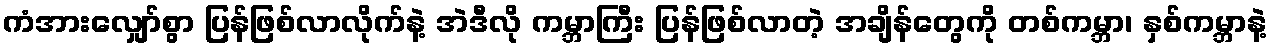
ကံအားလျှော်စွာ ပြန်ဖြစ်လာလိုက်နဲ့ အဲဒီလို ကမ္ဘာကြီး ပြန်ဖြစ်လာတဲ့ အချိန်တွေကို တစ်ကမ္ဘာ၊ နှစ်ကမ္ဘာနဲ့